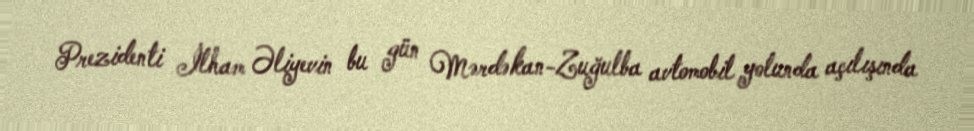
Prezidenti İlham Əliyevin bu gün Mərdəkan-Zuğulba avtomobil yolunda açılışında